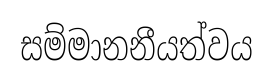
සම්මානනීයත්වය